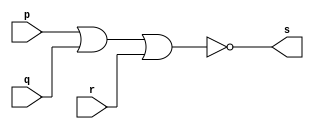

// ------------------------- 
// Exemplo0009 - and
// Nome: Rodrigo Arruda de Assis 
// ------------------------- 


// ------------------------- 
// -- and gate 
// ------------------------- 
	module andgate ( output s, input p, input q, input r); 
	not NOT1(s1,p);
	not NOT2(s2,q);
	not NOT3(s3,r);
	assign s = ~(~s1 |~s2 |~s3); 
	endmodule // andgate 

// --------------------- 
// -- test and gate 
// --------------------- 
	module testandgate; 
// ------------------------- dados locais 
		reg a, b, c; // definir registradores 
		wire s; // definir conexao (fio) 

// ------------------------- instancia 
	andgate AND1 (s, a, b, c); 

// ------------------------- preparacao 
		initial begin:start 
		a=0; b=0;c=0; 
		end 

// ------------------------- parte principal 
	initial begin 
		$display("Exemplo 0009 - Rodrigo Arruda de Assis - 427460"); 
		$display("Test AND gate"); 
		$display("\n a & b & c= s\n"); 
		
		a=0; b=0; c=0; 
			#1 $display("%b & %b & %b= %b", a, b, c, s); 
		a=0; b=0;c=1; 
			#1 $display("%b & %b & %b= %b", a, b, c, s); 
		a=0; b=1;c=0; 
			#1 $display("%b & %b & %b= %b", a, b, c, s); 
		a=0; b=1;c=1; 
			#1 $display("%b & %b & %b= %b", a, b, c, s); 
		a=1; b=0;c=0; 
			#1 $display("%b & %b & %b= %b", a, b, c, s);  
		a=1; b=0;c=1; 
			#1 $display("%b & %b & %b= %b", a, b, c, s); 
		a=1; b=1;c=0; 
			#1 $display("%b & %b & %b= %b", a, b, c, s); 
		a=1; b=1;c=1; 
			#1 $display("%b & %b & %b= %b", a, b, c, s); 		
				
	end 

endmodule // testandgate

//------------

//	Exemplo 0009 - Rodrigo Arruda de Assis - 427460
//	Test AND gate

// a & b & c= s
// 0 & 0 & 0= 0
//	0 & 0 & 1= 0
//	0 & 1 & 0= 0
//	0 & 1 & 1= 0
//	1 & 0 & 0= 0
//	1 & 0 & 1= 0
//	1 & 1 & 0= 0
// 1 & 1 & 1= 1

//------------